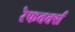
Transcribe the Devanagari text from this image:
रेफवर्क्स